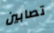
تصابين